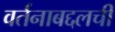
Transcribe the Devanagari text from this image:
वर्तनाबद्दलची